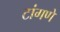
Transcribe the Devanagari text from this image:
टांगणे